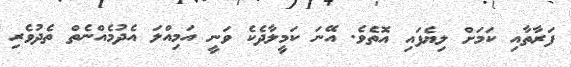
ފަރާތާއި ކަމަށް ލިޔެފައި އޮތެވެ. އޭނަ ކަމީލާދެކެ ވަނީ އަމިއްލަ އެދުމެއްނެތް ތެދުވެރި